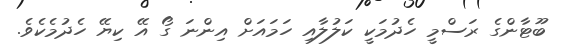
ބޫޓާންގެ ރަސްމީ ހެދުމަކީ ކަލުލާއި ހަމައަށް އިންނަ ގޯ އޭ ކިޔޭ ހެދުމެކެވެ.